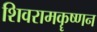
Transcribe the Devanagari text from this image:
शिवरामकॄष्णन